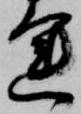
運